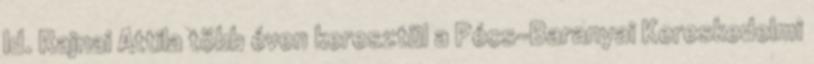
Id. Rajnai Attila több éven keresztül a Pécs-Baranyai Kereskedelmi